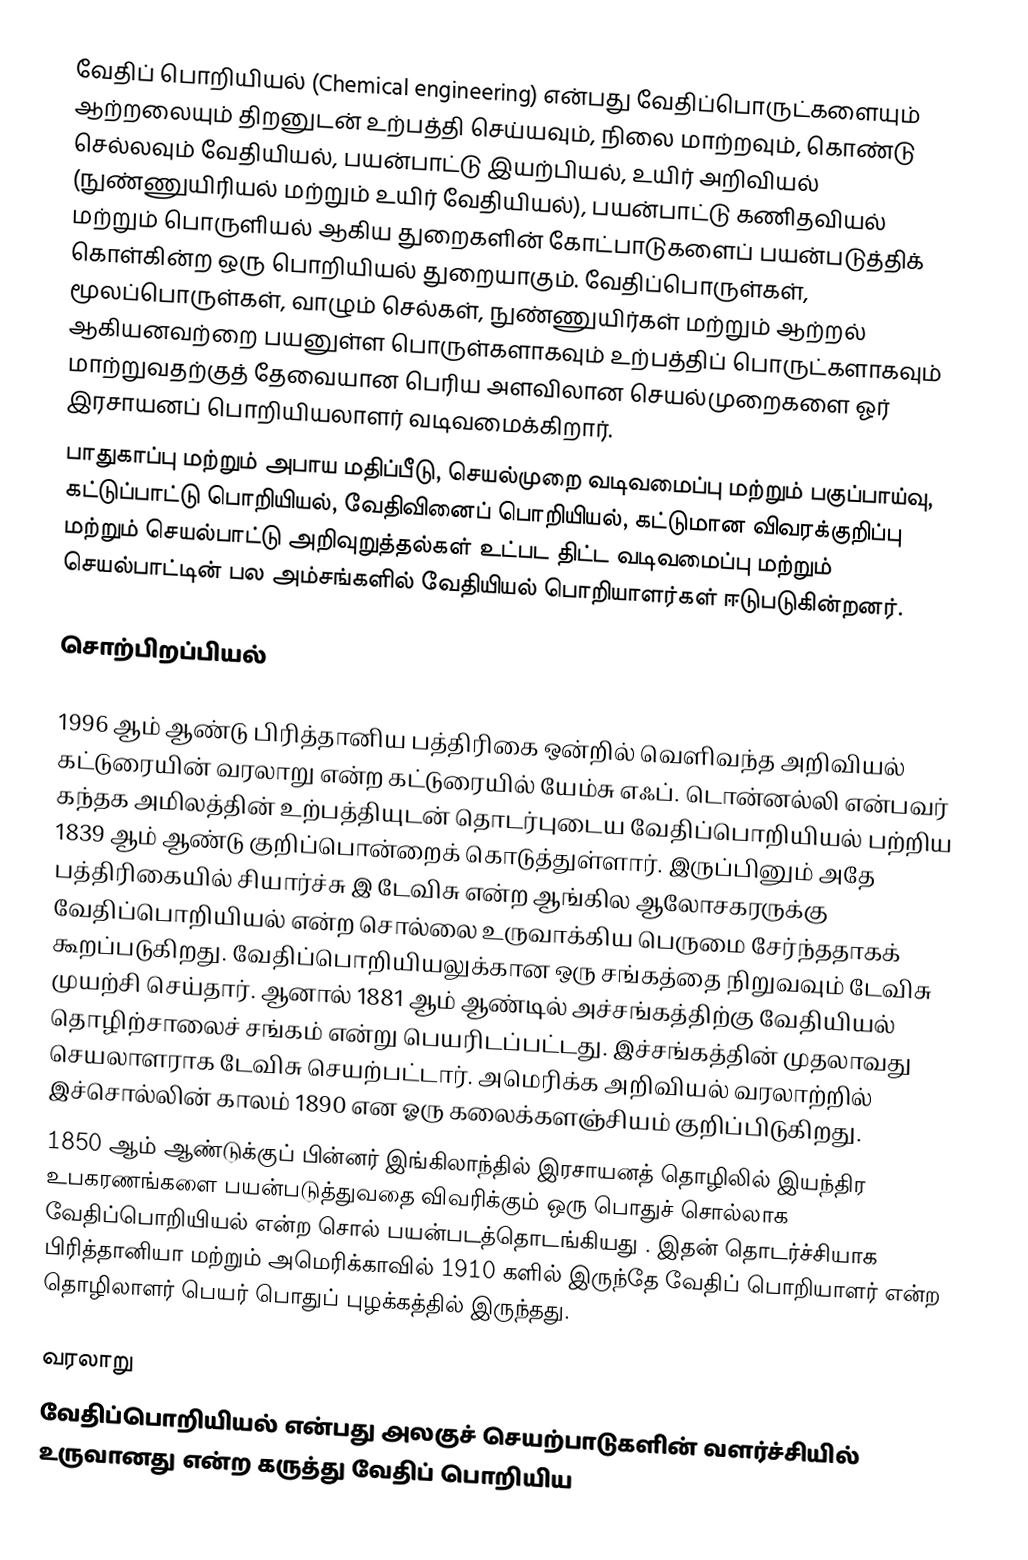
வேதிப் பொறியியல் (Chemical engineering) என்பது வேதிப்பொருட்களையும் ஆற்றலையும் திறனுடன் உற்பத்தி செய்யவும், நிலை மாற்றவும், கொண்டு செல்லவும்  வேதியியல், பயன்பாட்டு இயற்பியல், உயிர் அறிவியல் (நுண்ணுயிரியல் மற்றும் உயிர் வேதியியல்), பயன்பாட்டு கணிதவியல் மற்றும் பொருளியல் ஆகிய துறைகளின் கோட்பாடுகளைப் பயன்படுத்திக் கொள்கின்ற ஒரு பொறியியல் துறையாகும்.  வேதிப்பொருள்கள், மூலப்பொருள்கள், வாழும் செல்கள், நுண்ணுயிர்கள் மற்றும் ஆற்றல் ஆகியனவற்றை பயனுள்ள பொருள்களாகவும்  உற்பத்திப் பொருட்களாகவும்  மாற்றுவதற்குத் தேவையான  பெரிய அளவிலான செயல்முறைகளை ஓர் இரசாயனப் பொறியியலாளர் வடிவமைக்கிறார்.
பாதுகாப்பு மற்றும் அபாய மதிப்பீடு, செயல்முறை வடிவமைப்பு மற்றும் பகுப்பாய்வு, கட்டுப்பாட்டு பொறியியல்,  வேதிவினைப் பொறியியல், கட்டுமான விவரக்குறிப்பு மற்றும் செயல்பாட்டு அறிவுறுத்தல்கள் உட்பட  திட்ட வடிவமைப்பு மற்றும் செயல்பாட்டின் பல அம்சங்களில் வேதியியல் பொறியாளர்கள் ஈடுபடுகின்றனர்.

சொற்பிறப்பியல்

1996 ஆம் ஆண்டு பிரித்தானிய பத்திரிகை ஒன்றில் வெளிவந்த அறிவியல் கட்டுரையின் வரலாறு என்ற கட்டுரையில்  யேம்சு  எஃப். டொன்னல்லி என்பவர் கந்தக அமிலத்தின் உற்பத்தியுடன் தொடர்புடைய வேதிப்பொறியியல் பற்றிய 1839 ஆம் ஆண்டு குறிப்பொன்றைக் கொடுத்துள்ளார். இருப்பினும் அதே பத்திரிகையில் சியார்ச்சு இ டேவிசு என்ற ஆங்கில ஆலோசகரருக்கு வேதிப்பொறியியல் என்ற சொல்லை உருவாக்கிய பெருமை சேர்ந்ததாகக் கூறப்படுகிறது. வேதிப்பொறியியலுக்கான ஒரு சங்கத்தை நிறுவவும் டேவிசு முயற்சி செய்தார். ஆனால் 1881 ஆம் ஆண்டில் அச்சங்கத்திற்கு வேதியியல் தொழிற்சாலைச் சங்கம் என்று பெயரிடப்பட்டது. இச்சங்கத்தின் முதலாவது செயலாளராக டேவிசு செயற்பட்டார். அமெரிக்க அறிவியல் வரலாற்றில் இச்சொல்லின் காலம் 1890 என ஓரு கலைக்களஞ்சியம் குறிப்பிடுகிறது.
1850 ஆம் ஆண்டுக்குப் பின்னர் இங்கிலாந்தில் இரசாயனத் தொழிலில் இயந்திர உபகரணங்களை பயன்படுத்துவதை விவரிக்கும் ஒரு பொதுச் சொல்லாக வேதிப்பொறியியல் என்ற சொல் பயன்படத்தொடங்கியது . இதன் தொடர்ச்சியாக பிரித்தானியா மற்றும் அமெரிக்காவில் 1910 களில் இருந்தே வேதிப் பொறியாளர் என்ற தொழிலாளர் பெயர் பொதுப் புழக்கத்தில் இருந்தது.

வரலாறு
வேதிப்பொறியியல்  என்பது அலகுச் செயற்பாடுகளின் வளர்ச்சியில் உருவானது என்ற கருத்து  வேதிப் பொறியிய